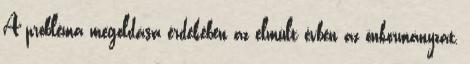
A probléma megoldása érdekében az elmúlt évben az önkormányzat,